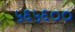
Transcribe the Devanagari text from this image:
५६५६००